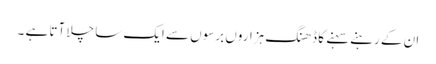
ان کے رہنے سہنے کا ڈھنگ ہزاروں برسوں سے ایک سا چلا آتا ہے ۔